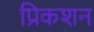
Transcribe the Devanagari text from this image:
प्रिकशन